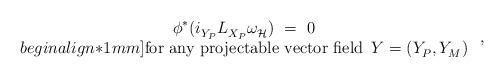
LaTeX: \begin{align*} \begin{array}{c} \phi^* (i_{Y_P}^{} L_{X_P}^{} \omega_{\mathcal{H}}^{\vphantom{j}})~=~0 \\begin{align*}1mm] \mbox{for any projectable vector field $\, Y = (Y_P^{},Y_M^{})$} \end{array}~,\end{align*}